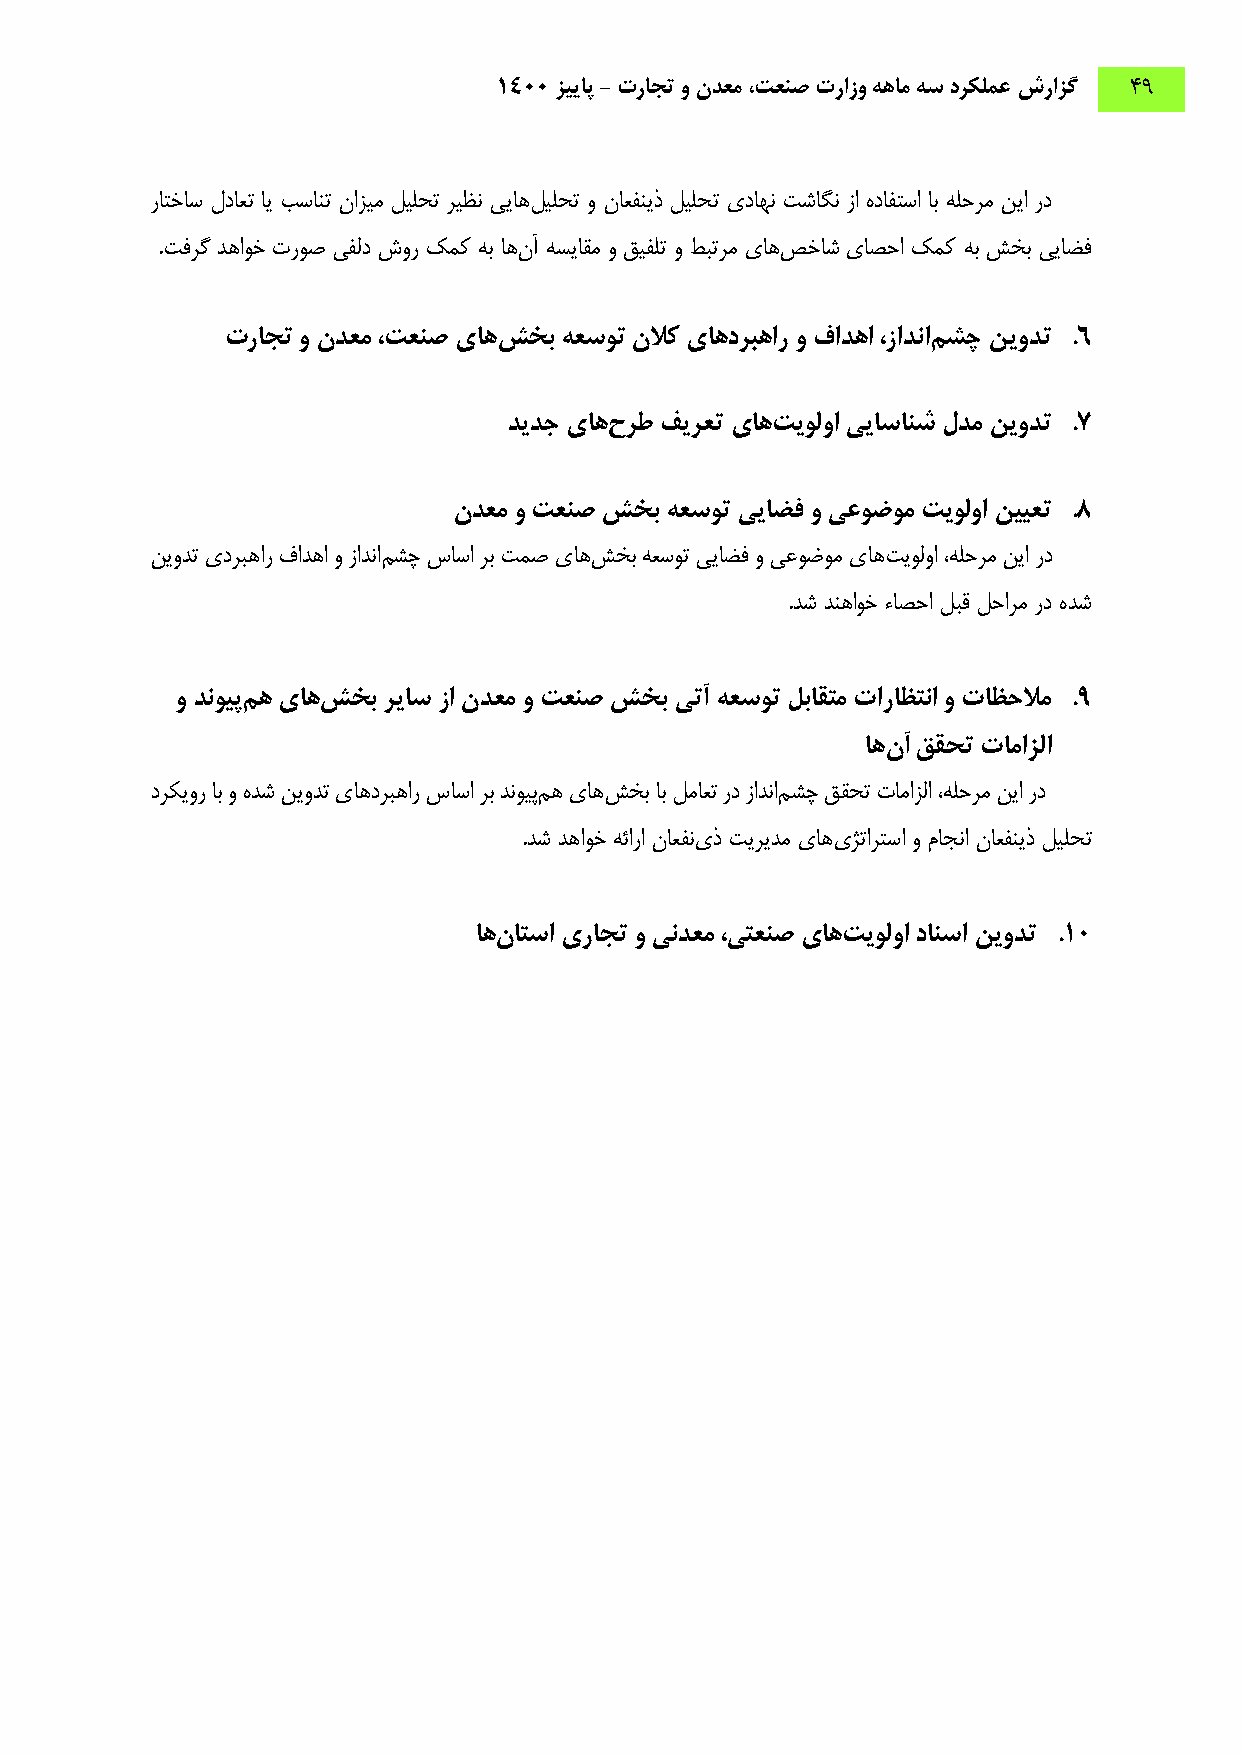
1400 زییاپ - تراجت و ندعم ،تعنص ترازو ههام هس درکلمع شرازگ 49
 راتخاس لداعت ای بسانت نازیم لیلحت ریظن ییاهلیلحت و ناعفنیذ لیلحت یداهن تشاگن زا هدافتسا اب هلحرم نیا رد
 .تفرگ دهاوخ تروص یفلد شور کمک هب اهنآ هسیاقم و قیفلت و طبترم یاهصخاش یاصحا کمک هب شخب ییارف
 تراجت و ندعم ،تعنص یاهشخب هعسوت نلاک یاهدربهار و فادها ،زادنامشچ نیودت .6
 دیدج یاهحرط فیرعت یاهتیولوا ییاسانش لدم نیودت .7
 ندعم و تعنص شخب هعسوت ییاضف و یعوضوم تیولوا نییعت .8
 نیودت یدربهار فادها و زادنامشچ ساسا رب تمص یاهشخب هعسوت ییارف و یعوضوم یاهتیولوا ،هلحرم نیا رد
 .دش دنهاوخ ءاصحا لبق لحارم رد هدش
 و دنویپمه یاهشخب ریاس زا ندعم و تعنص شخب یتآ هعسوت لباقتم تاراظتنا و تاظحلام .9
 اهنآ ققحت تامازلا
 درکیور اب و هدش نیودت یاهدربهار ساسا رب دنویپمه یاهشخب اب لماعت رد زادنامشچ ققحت تامازلا ،هلحرم نیا رد
 .دش دهاوخ هئارا ناعفنیذ تیریدم یاهیژتارتسا و ماجنا ناعفنیذ لیلحت
 اهناتسا یراجت و یندعم ،یتعنص یاهتیولوا دانسا نیودت .10